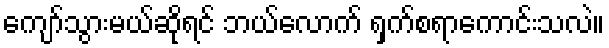
ကျော်သွားမယ်ဆိုရင် ဘယ်လောက် ရှက်စရာကောင်းသလဲ။